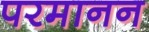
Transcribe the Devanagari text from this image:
परमानन